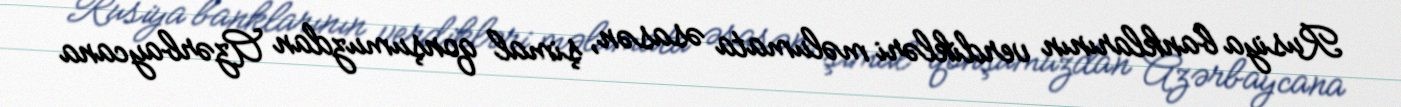
Rusiya banklarının verdikləri məlumata əsasən, şimal qonşumuzdan Azərbaycana